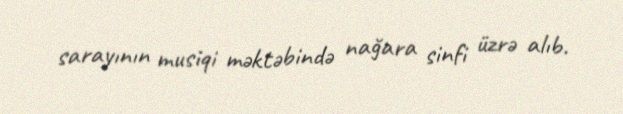
sarayının musiqi məktəbində nağara sinfi üzrə alıb.